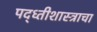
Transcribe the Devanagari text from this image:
पद्ध्तीशास्त्राचा